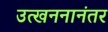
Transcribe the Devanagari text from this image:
उत्खननानंतर